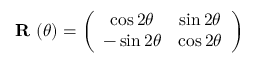
\textbf { R } ( \theta ) = \left( \begin{array} { c c } { \cos 2 \theta } & { \sin 2 \theta } \\ { - \sin 2 \theta } & { \cos 2 \theta } \end{array} \right)